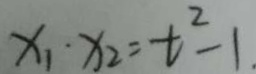
x _ { 1 } \cdot x _ { 2 } = t ^ { 2 } - 1 .